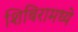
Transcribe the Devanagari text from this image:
शिबिरामध्ये